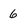
Character: 6